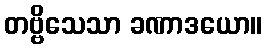
တဗ္ဗိသေသာ ခဏာဒယော။